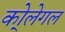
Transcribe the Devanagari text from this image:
को्लेगल